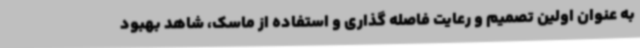
به عنوان اولین تصمیم و رعایت فاصله گذاری و استفاده از ماسک، شاهد بهبود